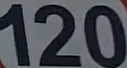
120